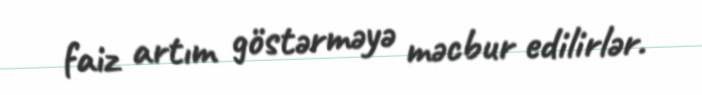
faiz artım göstərməyə məcbur edilirlər.